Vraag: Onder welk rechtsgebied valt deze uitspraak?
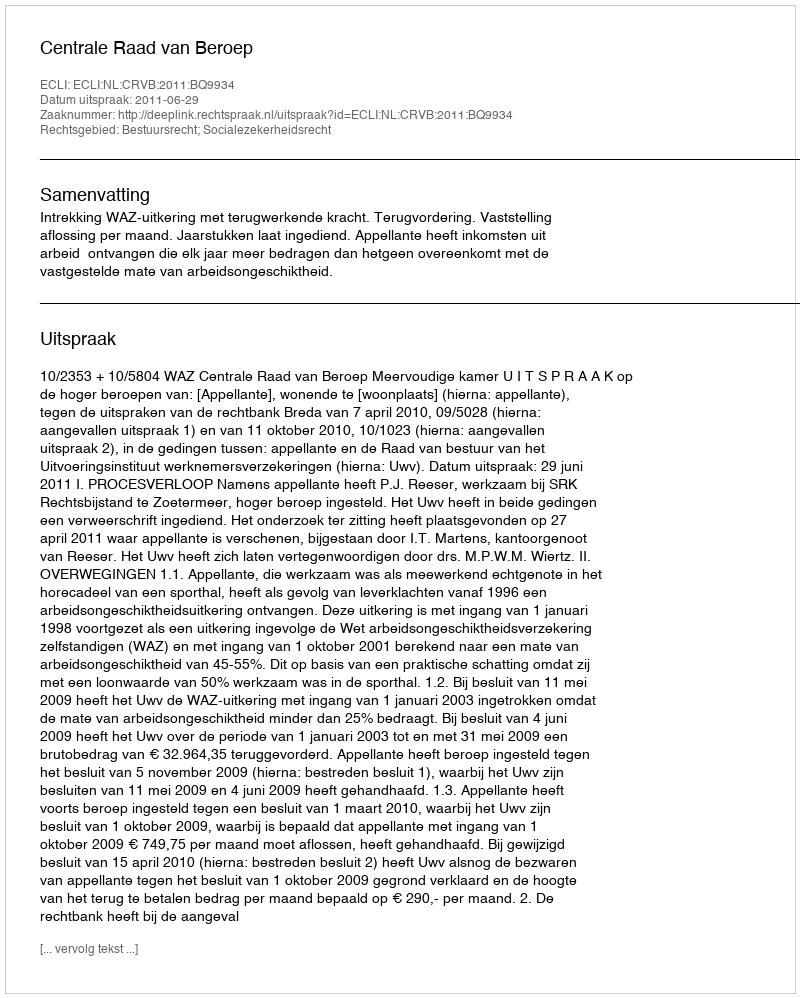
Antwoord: Bestuursrecht; Socialezekerheidsrecht